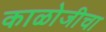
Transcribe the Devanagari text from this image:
काळोजीचा